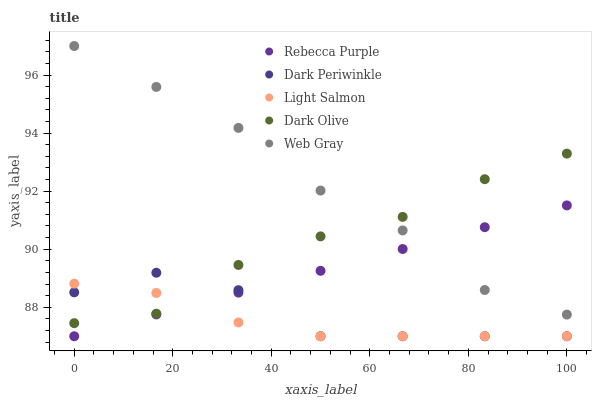
| xaxis_label | Rebecca Purple | Dark Periwinkle | Light Salmon | Dark Olive | Web Gray |
 | --- | --- | --- | --- | --- | --- |
 | 0 | 87 | 88.5 | 88.8 | 87.5 | 97 |
 | 16.7 | 87.8 | 89.2 | 88.5 | 87.8 | 95.6 |
 | 33.3 | 88.5 | 88.6 | 87.5 | 89.5 | 94.2 |
 | 50 | 89.3 | 87 | 87 | 90.4 | 92 |
 | 66.7 | 90 | 87 | 87 | 91.1 | 90.6 |
 | 83.3 | 90.8 | 87 | 87 | 92.4 | 88.6 |
 | 100 | 91.5 | 87 | 87 | 93.3 | 87.7 |